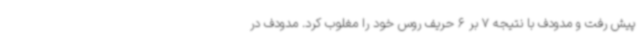
پیش رفت و مدودف با نتیجه 7 بر 6 حریف روس خود را مغلوب کرد. مدودف در